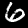
Label: 6